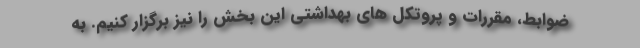
ضوابط، مقررات و پروتکل های بهداشتی این بخش را نیز برگزار کنیم. به